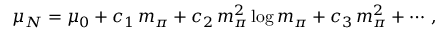
\mu _ { N } = \mu _ { 0 } + c _ { 1 } \, m _ { \pi } + c _ { 2 } \, m _ { \pi } ^ { 2 } \log m _ { \pi } + c _ { 3 } \, m _ { \pi } ^ { 2 } + \cdots \, ,